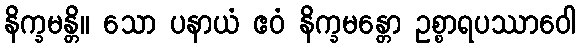
နိက္ခမန္တိ။ သော ပနာယံ ဧဝံ နိက္ခမန္တော ဥစ္စာရပဿာဝေါ